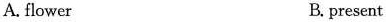
A. flower B. present